Malaria in the Duars
Disease focus: Malaria
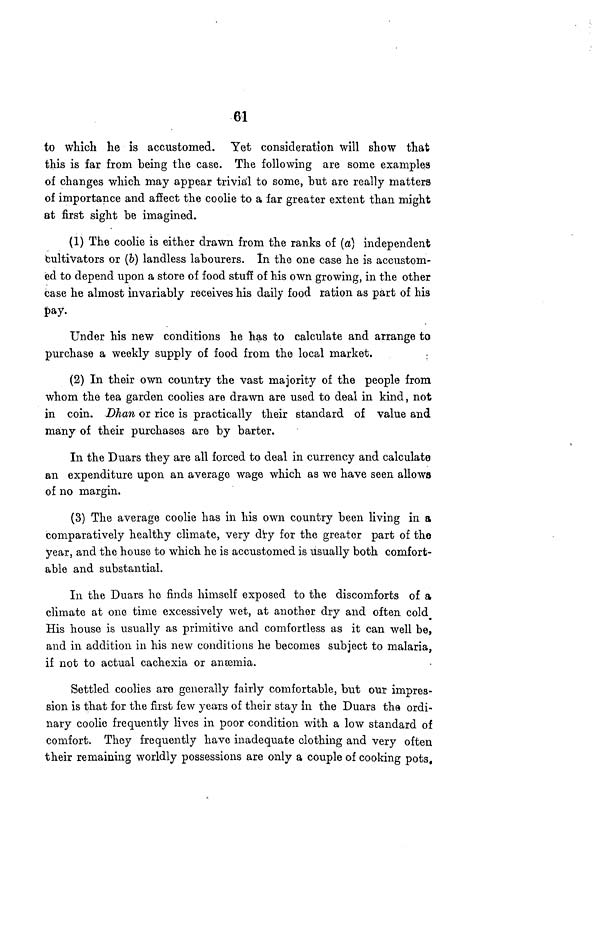
61
to which he is accustomed. Yet consideration will show that
this is far from being the case. The following are some examples
of changes which may appear trivial to some, "but are really matters
of importance and affect the coolie to a far greater extent than might
at first sight be imagined.
(1) The coolie is either drawn from the ranks of (a) independent
cultivators or (6) landless labourers. In the one case he is accustom-
ed to depend upon a store of food stuff of his own growing, in the other
case he almost invariably receives his daily food ration as part of his
pay.
Under his new conditions he has to calculate and arrange to
purchase a weekly supply of food from the local market.
(2) In their own country the vast majority of the people from
whom the tea garden coolies are drawn are used to deal in kind, not
in coin. Dhan or rice is practically their standard of value and
many of their purchases are by barter.
In the Duars they are all forced to deal in currency and calculate
an expenditure upon an average wage which as we have seen allows
of no margin.
(3) The average coolie has in his own country been living in a
comparatively healthy climate, very dry for the greater part of the
year, and the house to which he is accustomed is usually both comfort-
able and substantial.
In the Duars ho finds himself exposed to the discomforts of a
climate at one time excessively wet, at another dry and often cold
His house is usually as primitive and comfortless as it can well be,
and in addition in his new conditions he becomes subject to malaria,
if not to actual cachexia or anæmia.
Settled coolies are generally fairly comfortable, but our impres-
sion is that for the first few years of their stay in the Duars the ordi-
nary coolie frequently lives in poor condition with a low standard of
comfort. They frequently have inadequate clothing and very often
their remaining worldly possessions are only a couple of cooking pots.